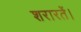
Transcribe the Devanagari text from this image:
शरारतें।